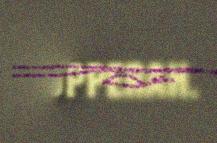
Oopperah.